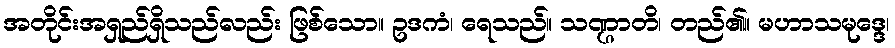
အတိုင်းအရှည်ရှိသည်လည်း ဖြစ်သော။ ဥဒကံ၊ ရေသည်။ သဏ္ဌာတိ၊ တည်၏။ မဟာသမုဒ္ဒေ၊